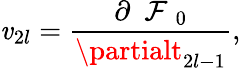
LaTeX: \mathit{v}_{2l}=\frac{{\partial\mathrm{{~\cal~F~}}_{0}}}{{\partialt_{2l-1}}},